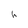
Character: h